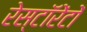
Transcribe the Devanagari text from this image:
रेस्टॉरेंटों